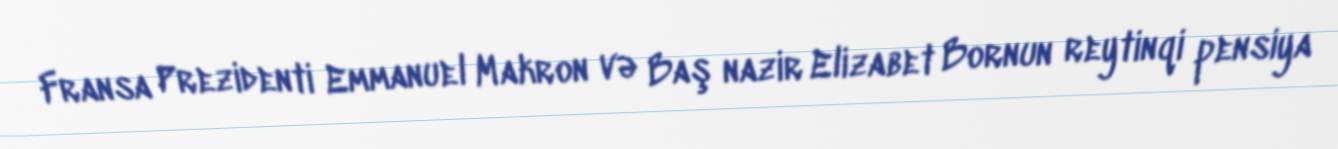
Fransa Prezidenti Emmanuel Makron və Baş nazir Elizabet Bornun reytinqi pensiya